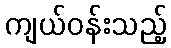
ကျယ်ဝန်းသည့်